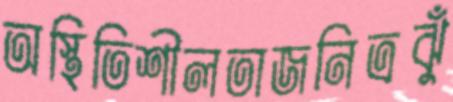
অস্থিতিশীলতাজনিত্রঝুঁ